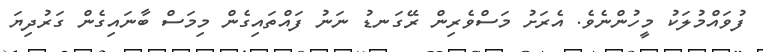
ފުވައްމުލަކު މީހުންނެވެ. އެރަށު މަސްވެރިން ރޭގަނޑު ނަނު ފައްތައިގެން މިމަސް ބާނައިގެން ގަރުދިޔަ